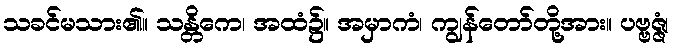
သခင်မသား၏။ သန္တိကေ၊ အထံ၌။ အမှာကံ၊ ကျွန်တော်တို့အား။ ပဗ္ဗဇ္ဇံ၊